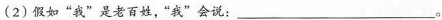
(2)假如”我”是老百姓，”我”会说：___